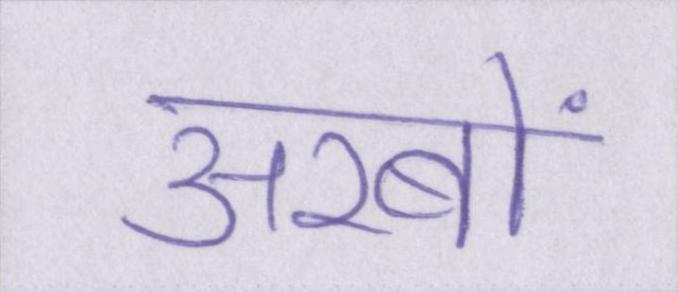
अरबों